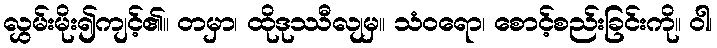
လွှမ်းမိုး၍ကျင့်၏။ တမှာ၊ ထိုဒုဿီလျမှ။ သံဝရော၊ စောင့်စည်းခြင်းကို။ ဝါ၊